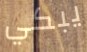
يبكي